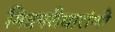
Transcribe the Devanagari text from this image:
मित्रपरीवारांणी